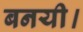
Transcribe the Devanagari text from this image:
बनयी।